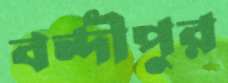
বন্দীপুর